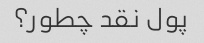
پول نقد چطور؟